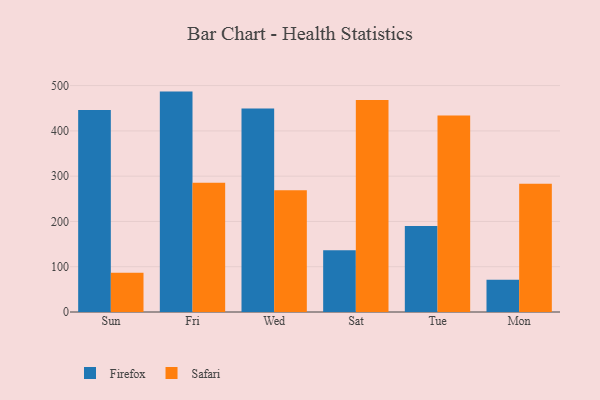
{"axis": {"x": "Day", "y": "Shipments"}, "legend": ["Firefox", "Safari"], "data": [{"x": "Sun", "y": 446.1, "type": "Firefox"}, {"x": "Sun", "y": 86.8, "type": "Safari"}, {"x": "Fri", "y": 486.8, "type": "Firefox"}, {"x": "Fri", "y": 285.4, "type": "Safari"}, {"x": "Wed", "y": 449.3, "type": "Firefox"}, {"x": "Wed", "y": 268.7, "type": "Safari"}, {"x": "Sat", "y": 136.3, "type": "Firefox"}, {"x": "Sat", "y": 468.5, "type": "Safari"}, {"x": "Tue", "y": 189.7, "type": "Firefox"}, {"x": "Tue", "y": 434.1, "type": "Safari"}, {"x": "Mon", "y": 71.1, "type": "Firefox"}, {"x": "Mon", "y": 283.5, "type": "Safari"}]}